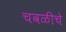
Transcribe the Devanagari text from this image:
चवळीचे